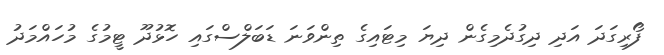
ފޯރިގަދަ އަދި ދިގުދެމިގެން ދިޔަ މިޓައިގެ ތިންވަނަ ޑަބަލްސްގައި ހޮޅުދޫ ޓީމުގެ މުހައްމަދު